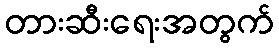
တားဆီးရေးအတွက်